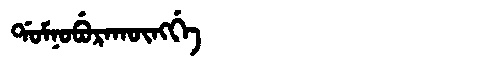
Manchu: ᡩᠣᠮᠨᠣᠪᡠᡵᠠᡴᡡᠩᡤᡝ
Romanization: DOMNOBURAKŪNGGE